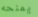
يمنحه